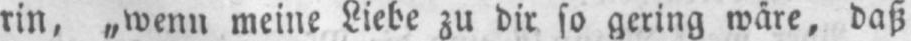
rin, „wenn meine Liebe zu dir so gering wäre, daß